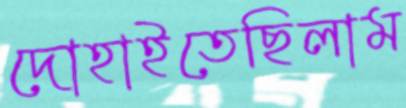
দোহাইতেছিলাম